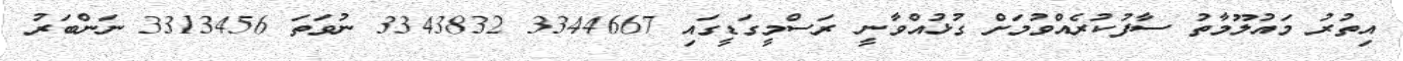
އިތުރު މައުލޫމާތު ސާފުކުރެއްވުމަށް ގުޅުއްވާނީ ރަސްމީގަޑީގައި 3344667 3343832 ނުވަތަ 3313456 ނަންބަރު